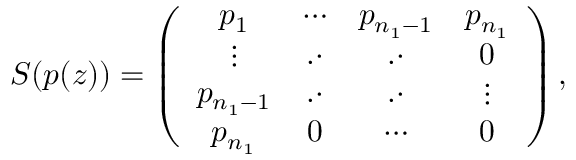
S ( p ( z ) ) = \left( \begin{array} { c c c c } { p _ { 1 } } & { \cdots } & { p _ { n _ { 1 } - 1 } } & { p _ { n _ { 1 } } } \\ { \vdots } & { . \cdot } & { . \cdot } & { 0 } \\ { p _ { n _ { 1 } - 1 } } & { . \cdot } & { . \cdot } & { \vdots } \\ { p _ { n _ { 1 } } } & { 0 } & { \cdots } & { 0 } \end{array} \right) ,